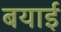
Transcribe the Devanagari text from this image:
बयाई